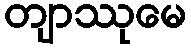
တျာဿုမေ